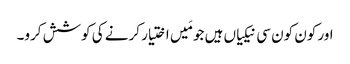
اور کون کون سی نیکیاں ہیں جو مَیں اختیار کرنے کی کوشش کرو۔